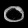
Digit: ၀